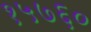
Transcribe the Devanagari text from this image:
१५७६०